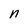
Character: n